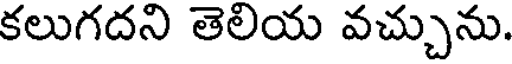
కలుగదని తెలియ వచ్చును.